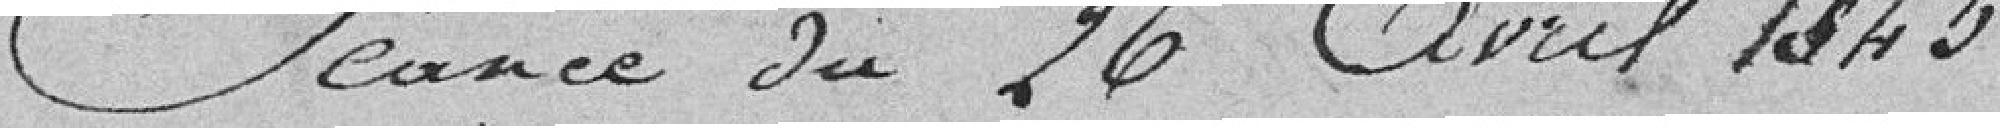
Séance du 26 avril 1840